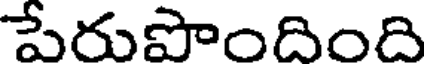
పేరుపొందింది